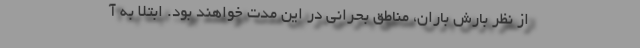
از نظر بارش باران، مناطق بحرانی در این مدت خواهند بود. ابتلا به آ